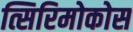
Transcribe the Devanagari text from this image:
त्सिरिमोकोस